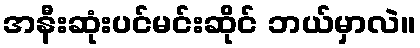
အနီးဆုံးပင်မင်းဆိုင် ဘယ်မှာလဲ။